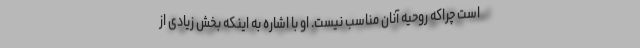
است چراکه روحیه آنان مناسب نیست. او با اشاره به اینکه بخش زیادی از